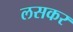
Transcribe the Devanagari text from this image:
लसकर